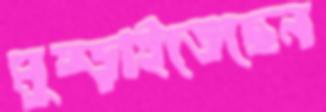
মুষ্‌ড়াইতেছেন